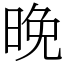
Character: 晚